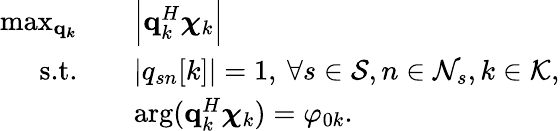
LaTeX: \begin{array}{rl}{\operatorname*{max}_{\boldsymbol{\mathbf{q}_{k}}}\quad}&{\Bigl|\mathbf{q}_{k}^{H}\boldsymbol{\chi}_{k}\Bigl|}\\ {\textrm{s.t.}\quad}&{|q_{sn}[k]|=1,\: \forall s\in\mathcal{S},n\in\mathcal{N}_{s},k\in\mathcal{K},}\\ {\quad}&{\arg(\mathbf{q}_{k}^{H}\boldsymbol{\chi}_{k})=\varphi_{0k}.}\end{array}